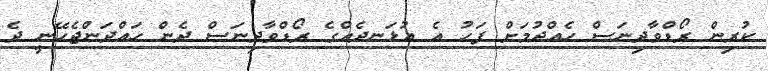
ކުރިން ރޯޑްވާދިނަސް ހެއްދުމަށް ފަހު އެ އުޅަނދެއްގެ ރޯޑްވާދިނަސް ދެން ހައްދަންޖެހޭނީ ދެ